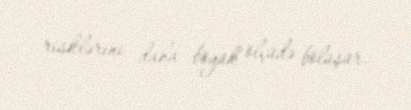
risklərini daha böyük ölçüdə bölüşür.